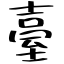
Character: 臺